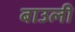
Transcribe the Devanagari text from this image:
बाउली